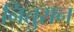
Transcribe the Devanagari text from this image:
नितुरान